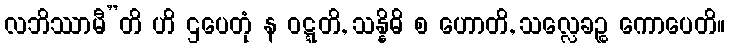
လဘိဿာမီ”တိ ဟိ ဌပေတုံ န ဝဋ္ဋတိ, သန္နိဓိ စ ဟောတိ, သလ္လေခဉ္စ ကောပေတိ။